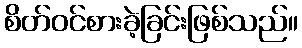
စိတ်ဝင်စားခဲ့ခြင်းဖြစ်သည်။